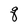
Character: q